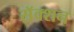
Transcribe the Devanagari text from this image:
सॅक्शन